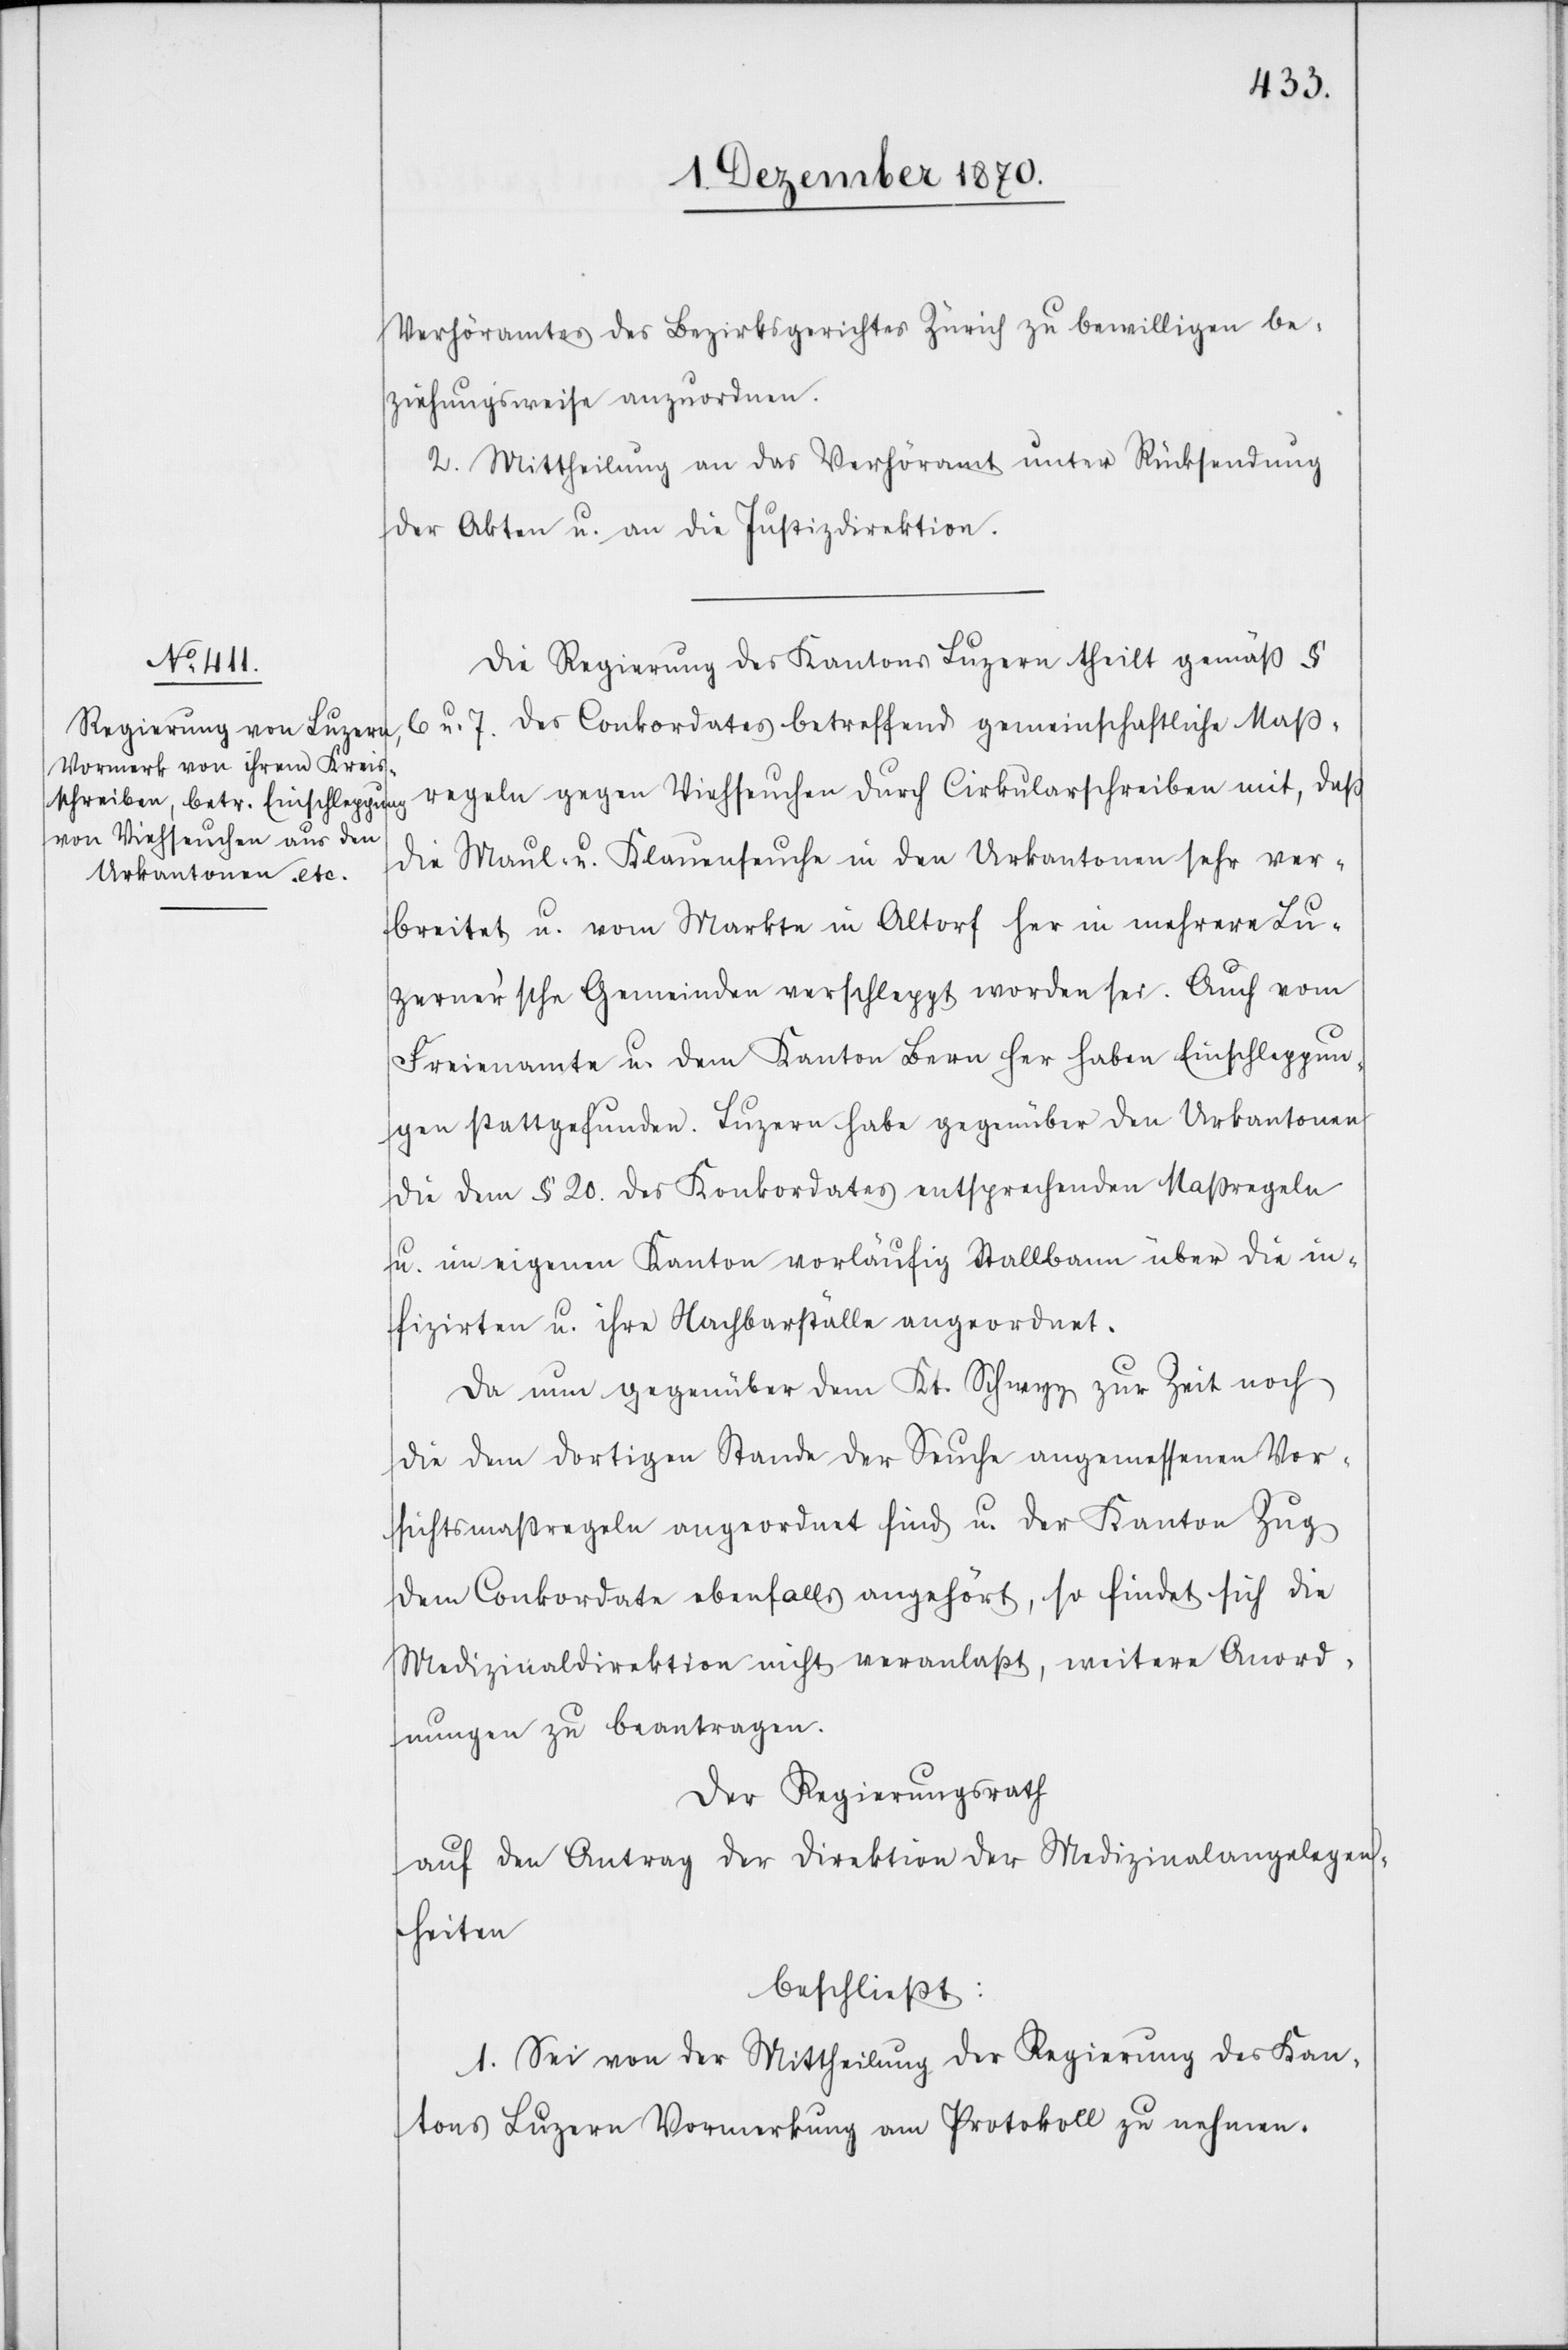
7. Dezember 1870.]
Verhöramtes des Bezirksgerichtes Zürich zu bewilligen be¬
ziehungsweise anzuordnen.
2. Mittheilung an das Verhöramt unter Rücksendung
der Akten u. an die Justizdirektion.
Die Regierung des Kantons Luzern theilt gemäß §
6 u. 7. des Conkordates betreffend gemeinschaftliche Maß¬
regeln gegen Viehseuchen durch Cirkularschreiben mit, daß
die Maul- u. Klauenseuche in den Urkantonen sehr ver¬
breitet u. vom Markte in Altorf her in mehrere Lu¬
zerner’sche Gemeinden verschleppt worden sei. Auch vom
Freienamte u. dem Kanton Bern her haben Einschleppun¬
gen stattgefunden. Luzern habe gegenüber den Urkantonen
die dem § 20. des Konkordates entsprechenden Maßregeln
u. im eigenen Kanton vorläufig Stallbann über die In¬
fizirten u. ihre Nachbarställe angeordnet.
Da nun gegenüber dem Kt. Schwyz zur Zeit noch
die dem dortigen Stande der Seuche angemessenen Vor¬
sichtsmaßregeln angeordnet sind u. der Kanton Zug
dem Conkordate ebenfalls angehört, so findet sich die
Medizinaldirektion nicht veranlaßt, weitere Anord¬
nungen zu beantragen.
Der Regierungsrath
auf den Antrag der Direktion der Medizinalangelegen¬
heiten
beschließt:
1. Sei von der Mittheilung der Regierung des Kan¬
tons Luzern Vormerkung am Protokoll zu nehmen.